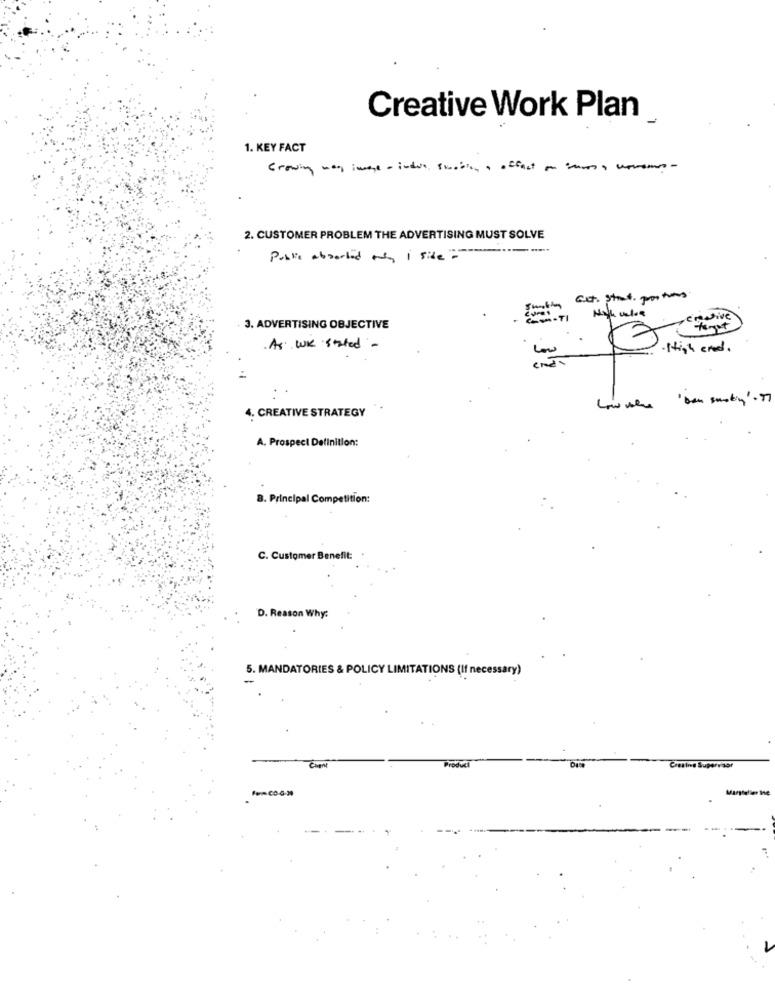
Creative Work Plan
1. KEY FACT
2. CUSTOMER PROBLEM THE ADVERTISING MUST SOLVE
Public aborted ty I side="
Get. Strat. portons
enDive
3. ADVERTISING OBJECTIVE
As we started -
·High end.
Low were 'ben smoking". 77
4. CREATIVE STRATEGY
A. Prospect Definition:
8. Principal Competition:
C. Customer Benefit:
D. Reason Why:
5. MANDATORIES & POLICY LIMITATIONS (If necessary)
Product
Chant
Chasing Supervisor